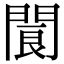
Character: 閬